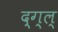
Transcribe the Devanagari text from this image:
द्ग्ल्